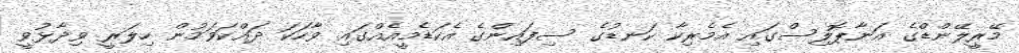
މޭރީލޭންޑްގެ އަނާޕޮލިސްގައި އެމެރިކާ ކަނޑުގެ ސިފައިންގެ އެކަޑެމީއެއްގައި ވާހަކަ ދައްކަވަމުން ހިލަރީ ވިދާޅުވީ